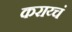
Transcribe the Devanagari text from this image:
कराय्चं